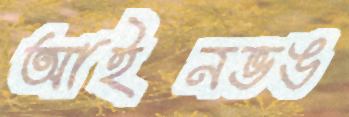
আইনভঙ